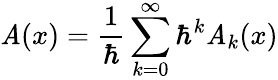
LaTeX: \mathit{A}(x)={\frac{{1}}{{\hbar}}}\sum_{k=0}^{\infty}\hbar^{k}\mathit{A}_{k}(x)